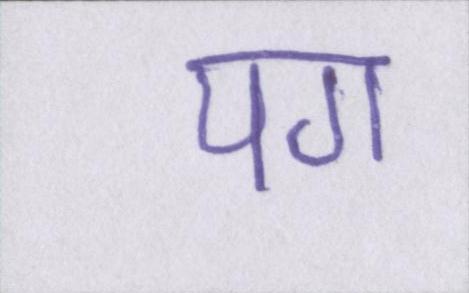
पग